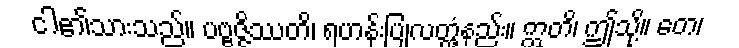
ငါ၏သားသည်။ ပဗ္ဗဇ္ဇိဿတိ၊ ရဟန်းပြုလတ္တံ့နည်း။ ဣတိ၊ ဤသို့။ တေ၊